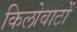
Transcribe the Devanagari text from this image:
किलोवाटों